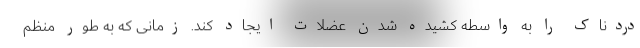
دردناک را به واسطه کشیده شدن عضلات ایجاد کند. زمانی که به طور منظم